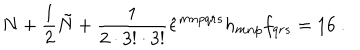
LaTeX: N + \frac { 1 } { 2 } \tilde { N } + \frac { 1 } { 2 \cdot 3 ! \cdot 3 ! } \hat { \epsilon } ^ { m n p q r s } h _ { m n p } f _ { q r s } = 1 6 \ .